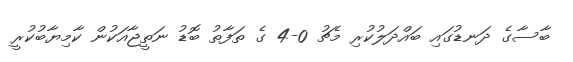
ބާސާގެ ދަނޑުގައި ބައްދަލުކުރި މެޗު 0-4 ގެ ތަފާތު ބޮޑު ނަތީޖާއަކުން ކާމިޔާބުކުރީ